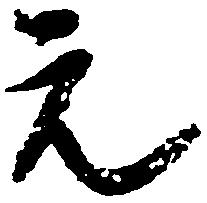
元